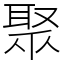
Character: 聚